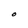
Character: O